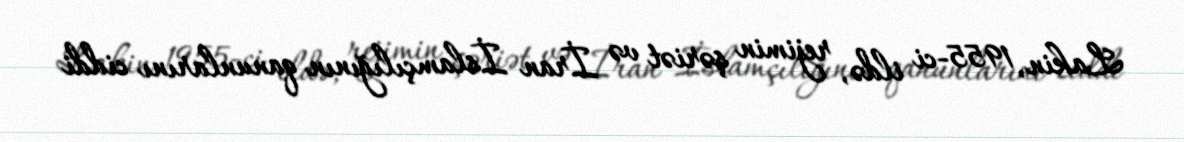
Lakin, 1955-ci ildə, rejimin şəriət və İran İslamçılığının qanunlarını ciddi